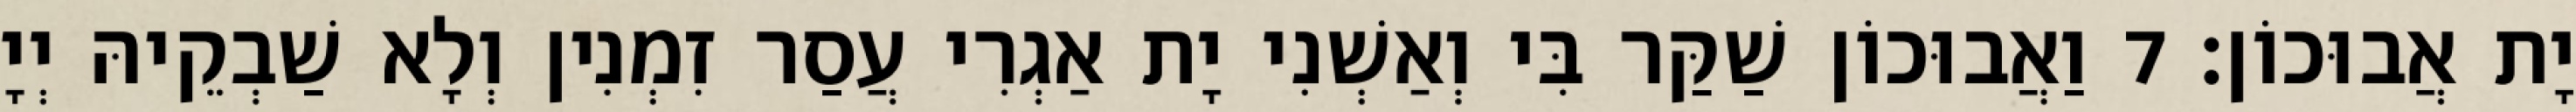
יָת אֲבוּכוֹן׃ 7 וַאֲבוּכוֹן שַׁקַּר בִּי וְאַשְׁנִי יָת אַגְרִי עֲסַר זִמְנִין וְלָא שַׁבְקֵיהּ יְיָ